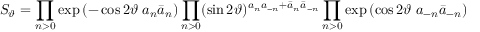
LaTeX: S _ { \vartheta } = \prod _ { n > 0 } \exp \left( - \cos 2 \vartheta \; a _ { n } \bar { a } _ { n } \right) \prod _ { n > 0 } ( \sin 2 \vartheta ) ^ { a _ { n } a _ { - n } + \bar { a } _ { n } \bar { a } _ { - n } } \prod _ { n > 0 } \exp \left( \cos 2 \vartheta \; a _ { - n } \bar { a } _ { - n } \right)